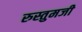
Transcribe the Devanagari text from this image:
रुस्तुमजी